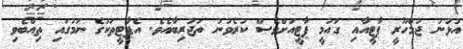
އުޅުނު ޖުމްހޫރީ ޕާޓީއާއި ގައުމީ ޕާޓީއަށްވެސް ކުރެވުނު ތަޖުރިބާއެވެ. އެޕާޓީތަކުގެ ނަމުގައި ތިއްބެވި